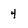
Character: 4